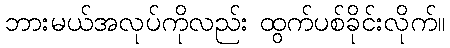
ဘားမယ်အလုပ်ကိုလည်း ထွက်ပစ်ခိုင်းလိုက်။